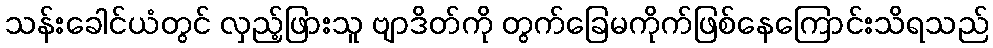
သန်းခေါင်ယံတွင် လှည့်ဖြားသူ ဗျာဒိတ်ကို တွက်ခြေမကိုက်ဖြစ်နေကြောင်းသိရသည်